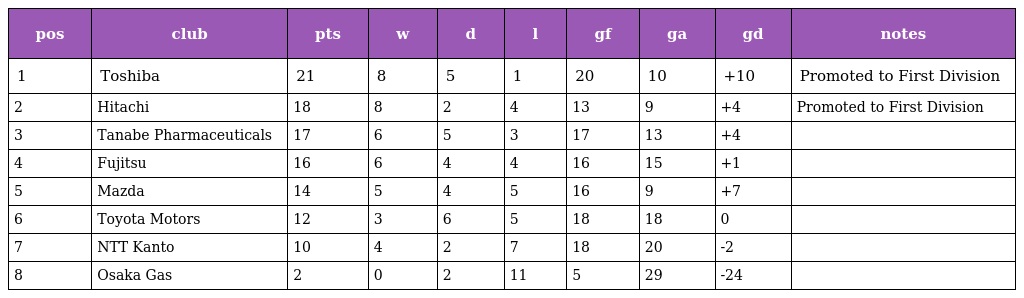
| pos | club | pts | w | d | l | gf | ga | gd | notes |
 | --- | --- | --- | --- | --- | --- | --- | --- | --- | --- |
 | 1 | Toshiba | 21 | 8 | 5 | 1 | 20 | 10 | +10 | Promoted to First Division |
 | 2 | Hitachi | 18 | 8 | 2 | 4 | 13 | 9 | +4 | Promoted to First Division |
 | 3 | Tanabe Pharmaceuticals | 17 | 6 | 5 | 3 | 17 | 13 | +4 |  |
 | 4 | Fujitsu | 16 | 6 | 4 | 4 | 16 | 15 | +1 |  |
 | 5 | Mazda | 14 | 5 | 4 | 5 | 16 | 9 | +7 |  |
 | 6 | Toyota Motors | 12 | 3 | 6 | 5 | 18 | 18 | 0 |  |
 | 7 | NTT Kanto | 10 | 4 | 2 | 7 | 18 | 20 | -2 |  |
 | 8 | Osaka Gas | 2 | 0 | 2 | 11 | 5 | 29 | -24 |  |